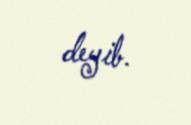
deyib.